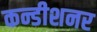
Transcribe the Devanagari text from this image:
कन्डीशनर